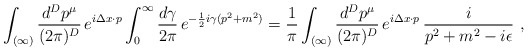
\begin{align*}\int_{(\infty)}\frac{d^Dp^\mu}{(2\pi)^D}\,e^{i\Delta x\cdot p}\int_0^\infty\frac{d\gamma}{2\pi}\,e^{-\frac{1}{2}i\gamma(p^2+m^2)}=\frac{1}{\pi}\int_{(\infty)}\frac{d^Dp^\mu}{(2\pi)^D}\,e^{i\Delta x\cdot p}\,\frac{i}{p^2+m^2-i\epsilon}\ ,\end{align*}